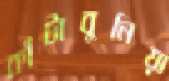
কাঁটাবুনিয়া